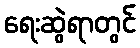
ရေးဆွဲရာတွင်